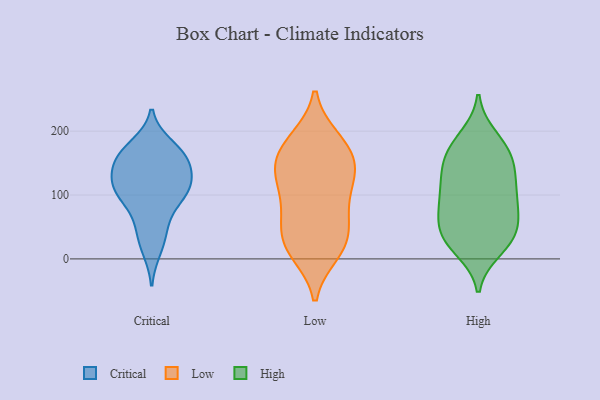
{"axis": {"x": "Tickets Resolved", "y": "Value"}, "legend": ["Critical", "High", "Low"], "data": [{"x": "", "y": 57, "type": "Critical"}, {"x": "", "y": 128, "type": "Critical"}, {"x": "", "y": 135, "type": "Critical"}, {"x": "", "y": 161, "type": "Critical"}, {"x": "", "y": 102, "type": "Critical"}, {"x": "", "y": 116, "type": "Critical"}, {"x": "", "y": 159, "type": "Critical"}, {"x": "", "y": 93, "type": "Critical"}, {"x": "", "y": 107, "type": "Critical"}, {"x": "", "y": 39, "type": "Critical"}, {"x": "", "y": 177, "type": "Critical"}, {"x": "", "y": 15, "type": "Critical"}, {"x": "", "y": 168, "type": "Critical"}, {"x": "", "y": 105, "type": "Critical"}, {"x": "", "y": 152, "type": "Critical"}, {"x": "", "y": 13, "type": "Low"}, {"x": "", "y": 153, "type": "Low"}, {"x": "", "y": 69, "type": "Low"}, {"x": "", "y": 187, "type": "Low"}, {"x": "", "y": 29, "type": "Low"}, {"x": "", "y": 22, "type": "Low"}, {"x": "", "y": 128, "type": "Low"}, {"x": "", "y": 85, "type": "Low"}, {"x": "", "y": 10, "type": "Low"}, {"x": "", "y": 42, "type": "Low"}, {"x": "", "y": 70, "type": "Low"}, {"x": "", "y": 139, "type": "Low"}, {"x": "", "y": 178, "type": "Low"}, {"x": "", "y": 156, "type": "Low"}, {"x": "", "y": 127, "type": "Low"}, {"x": "", "y": 184, "type": "Low"}, {"x": "", "y": 119, "type": "Low"}, {"x": "", "y": 30, "type": "High"}, {"x": "", "y": 15, "type": "High"}, {"x": "", "y": 143, "type": "High"}, {"x": "", "y": 169, "type": "High"}, {"x": "", "y": 43, "type": "High"}, {"x": "", "y": 24, "type": "High"}, {"x": "", "y": 71, "type": "High"}, {"x": "", "y": 83, "type": "High"}, {"x": "", "y": 88, "type": "High"}, {"x": "", "y": 143, "type": "High"}, {"x": "", "y": 129, "type": "High"}, {"x": "", "y": 178, "type": "High"}, {"x": "", "y": 81, "type": "High"}, {"x": "", "y": 166, "type": "High"}, {"x": "", "y": 115, "type": "High"}, {"x": "", "y": 36, "type": "High"}, {"x": "", "y": 110, "type": "High"}, {"x": "", "y": 190, "type": "High"}, {"x": "", "y": 47, "type": "High"}]}